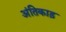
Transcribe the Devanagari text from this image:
अंतिकाड़